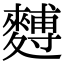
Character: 𪍡